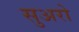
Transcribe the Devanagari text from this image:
सुअरो